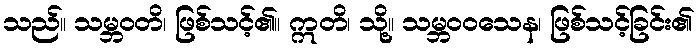
သည်။ သမ္ဘဝတိ၊ ဖြစ်သင့်၏။ ဣတိ၊ သို့။ သမ္ဘဝဝသေန၊ ဖြစ်သင့်ခြင်း၏